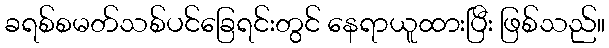
ခရစ်စမတ်သစ်ပင်ခြေရင်းတွင် နေရာယူထားပြီး ဖြစ်သည်။